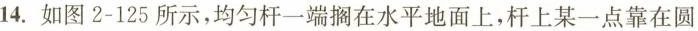
14.如图2-125所示，均匀杆一端搁在水平地面上，杆上某一点靠在圆